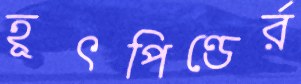
হূৎপিণ্ডের্র